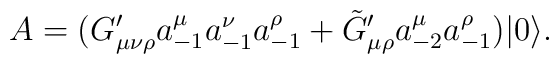
A=(G_{\mu \nu \rho}' a_{-1}^{\mu} a_{-1}^{\nu} a_{-1}^{\rho}+\tilde{G}_{\mu\rho}' a_{-2}^{\mu} a_{-1}^{\rho}) |0 \rangle  .